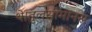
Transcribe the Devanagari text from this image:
थे।तुलसीमानस